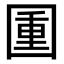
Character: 𡈈